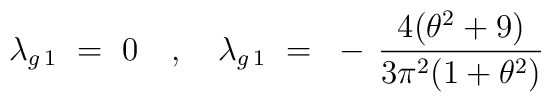
\lambda_{g \, 1} ~=~ 0 ~~~,~~~\lambda_{g \, 1} ~=~ - \, \frac{4(\theta^2+9)}{3\pi^2(1+\theta^2)}